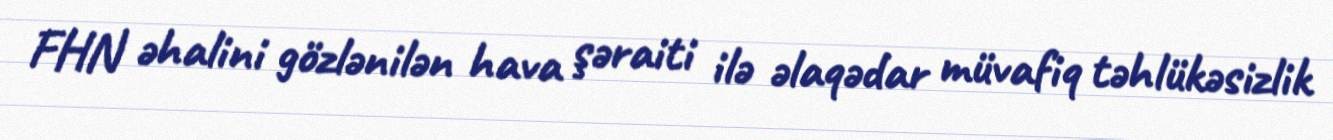
FHN əhalini gözlənilən hava şəraiti ilə əlaqədar müvafiq təhlükəsizlik